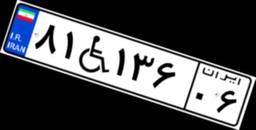
۸۱W۱۳۶۰۶